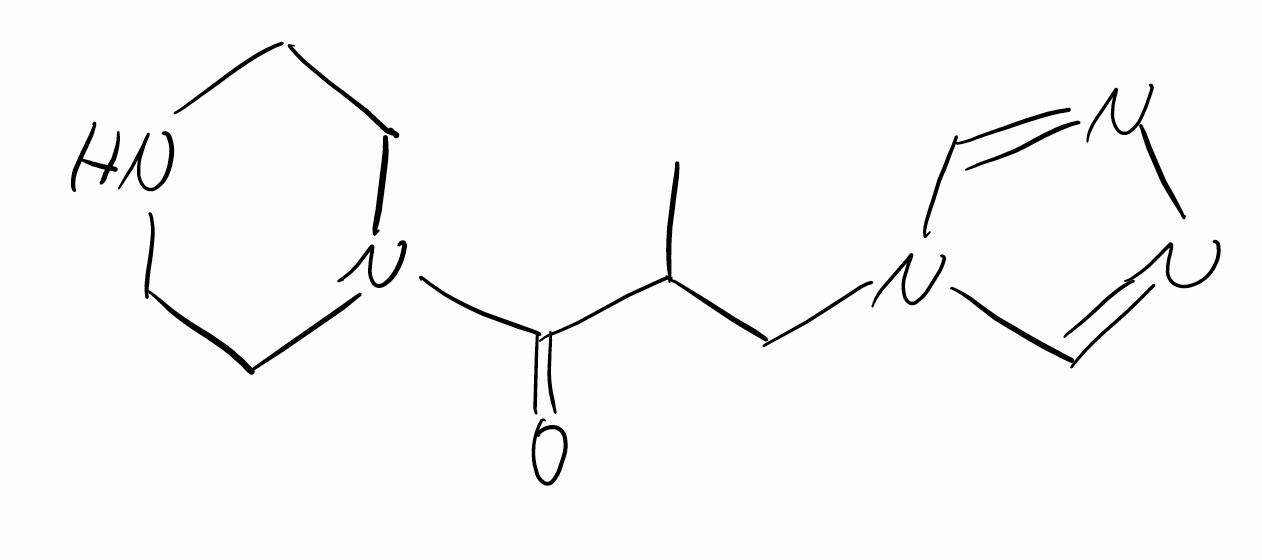
Simplified molecular-input line-entry system (SMILES) notation of the given molecule:
CC(CN1C=NN=C1)C(=O)N2CCNCC2